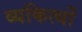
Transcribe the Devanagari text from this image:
व्यकित्यों